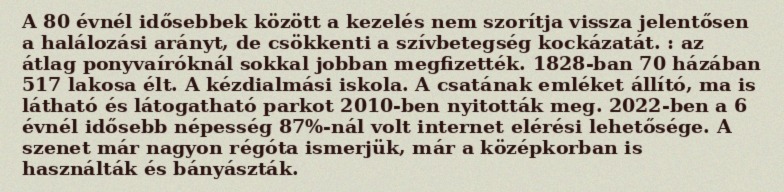
A 80 évnél idősebbek között a kezelés nem szorítja vissza jelentősen a halálozási arányt, de csökkenti a szívbetegség kockázatát. : az átlag ponyvaíróknál sokkal jobban megfizették. 1828-ban 70 házában 517 lakosa élt. A kézdialmási iskola. A csatának emléket állító, ma is látható és látogatható parkot 2010-ben nyitották meg. 2022-ben a 6 évnél idősebb népesség 87%-nál volt internet elérési lehetősége. A szenet már nagyon régóta ismerjük, már a középkorban is használták és bányászták.